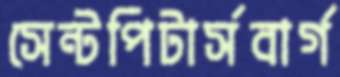
সেন্টপিটার্সবার্গ